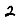
Digit: 2